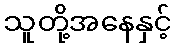
သူတို့အနေနှင့်